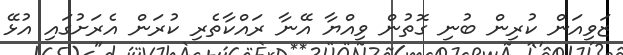
ޒަވިއަން ކުރިން ބުނި ގޮތުން ވިއްޔާ އޭނާ ރައްކާތެރި ކުރަން އެރަށުގައި އުޅޭ